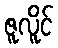
ဇူလိူင်